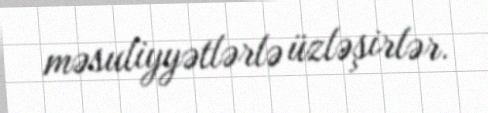
məsuliyyətlərlə üzləşirlər.